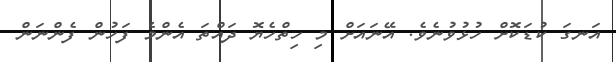
އަނގަ ކުޑަކޮށް ހުޅުވުނެވެ. އޭނައަށް މި ހިތްހެޔޮ ދައްތަ އެންމެ ފަހުން ފެންނަން